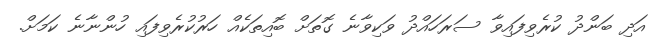
އަދި ބަންދު ކުރެވިފައިވާ ސަރަހައްދު ވަކިވާނެ ގޮތަށް ބޮއިތަކެއް ހަރުކުރެވިފައި ހުންނާނެ ކަމަށް.